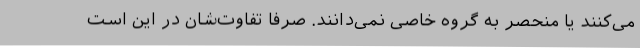
می‌کنند یا منحصر به گروه خاصی نمی‌دانند. صرفاً تفاوت‌شان در این است